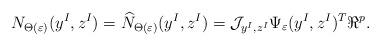
LaTeX: \begin{align*}N_{\Theta (\varepsilon)}(y^I,z^I)=\widehat N_{\Theta (\varepsilon)}(y^I,z^I)={\cal J}_{y^I,z^I}\Psi_{\varepsilon}(y^I,z^I)^T\Re^p. \end{align*}